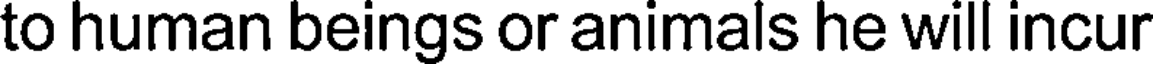
to human beings or animals he will incur